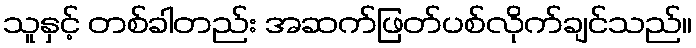
သူနှင့် တစ်ခါတည်း အဆက်ဖြတ်ပစ်လိုက်ချင်သည်။